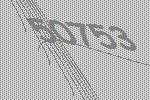
50753